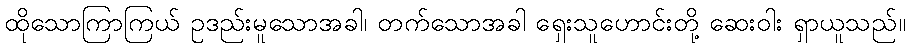
ထိုသောကြာကြယ် ဥဒည်းမူသောအခါ၊ တက်သောအခါ ရှေးသူဟောင်းတို့ ဆေးဝါး ရှာယူသည်။